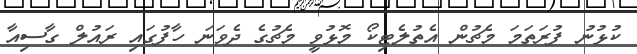
ކުޅުނު ފުރަތަމަ މެޗުން އެތުލެޓިކޯ މޮޅުވީ މެޗުގެ ދެވަނަ ހާފުގައި ރައުލް ގާސިއާ